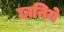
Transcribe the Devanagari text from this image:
छानिये